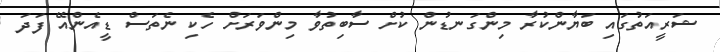
ޝަރީއަތުގައި ބަޔާންކުރާ މިންގަނޑުން ކުށް ސާބިތުވާ މިންވަރަށް ހެކި ނެތަސް ޑީއެންއޭ ފަދަ